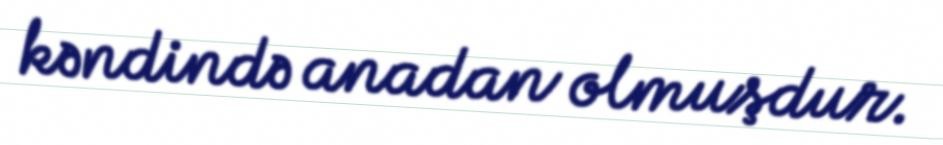
kəndində anadan olmuşdur.